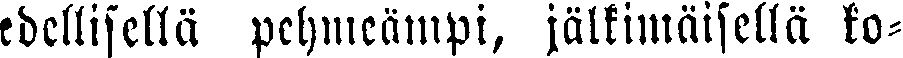
edellisellä pehmeämpi, jälkimäisellä ko-